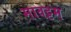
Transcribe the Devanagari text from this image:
मावट्टम